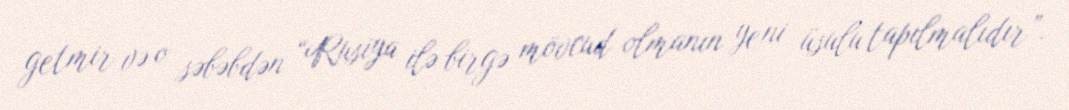
getmir və o səbəbdən “Rusiya ilə birgə mövcud olmanın yeni üsulu tapılmalıdır”.